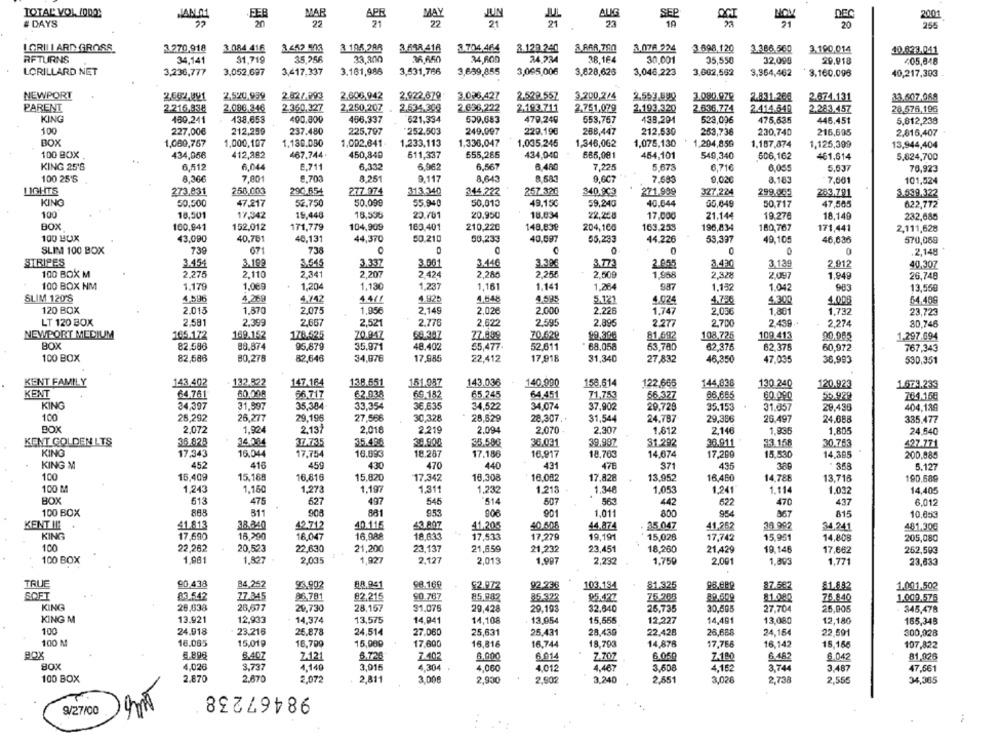
TOTAL VOL (000
FEB
MAR
MAY
ALIG
SEP
2001
# DAYS
20
22
22
23
19
OCT
DEC
21
255
LORI| | ARD GROSS
3.270,918
3.084 416
3 194.284
3.458 418
3.704,464
3.129 240
A ARR.790
3.076 224
3.698,120
3.386.500
3.190,014
10.823.041
RETURNS
34,141
31.719
35,256
33,300
36,650
34,600
24.224
38.164
30,001
35,550
32,099
29,918
405,848
LORILLARD NET
3,236,777
3,052,697
3,417,337
3.161,986
3,531,766
3,689,855
3,005,006
3,628,626
3,046,223
3,002,562
9,954,462
3,160,096
40,217,393
NEWPORT
2.520,999
2.82/.993
2,603,942
2.922.679
3.086,427
2.529.557
3.200,2/4
2.553.599
3.080.97₽
2.831.208
2.674.131
33.607.088
PARENT
2.216,83₽
2.086.346
2.360,327
2,250,207
2.534.308
2.636,222
2.193.711
2.751,079
2.193.320
2.636.774
2.414.640
2.28.3.457
28,576,196
KING
460.241
138,653
490,300
456.337
521.334
509,683
553,757
438.294
475,635
479,240
523,096
445,451
5,812,238
100
227,00€
212,299
237.480
225.797
252.503
249.097
229.190
288,447
212,530
253,736
230,740
215,595
2.816,407
BOX
1,080,757
1,000,107
1,130.080
1,002,641
1,233,113
1,336,047
1,035,245
1,346,062
1,075,130
1.204,850
1.187,874
1,125,399
13,944,404
100 BOX
434,056
412,282
467.744.
450,849
611,337
655,265
434,940
686,001
454,101
549,340
506,162
461,614
5,824,700
KING 25'S
6,512
6,044
8,711
6.332
6,962
6,567
6 480
7,225
5.673
6,71€
6,055
5.637
76,923
100 25'5
8.30€
7,001
8,703
8.251
9.117
8.643
8.683
9.007
7.683
9,02€
8.183
7,001
101,524
LIGHTS
273,831
258,003
290,654
277.974
313.340
344,222
267 326
340.903
271.999
327,224
299.005
283,791
3.599,322
KING
50,500
47.217
52.750
50,099
55.940
50,013
49.15℃
59,240
40.644
00,049
50.717
47,505
622,772
100
18,501
17.342
19,448
18,595
20.781
20,950
18,834
22,258
17,000
21.144
19.270
18.140
232,686
BOX
100.941
152,012
171,779
104,909
163.401
210,220
148,83º
204,160
163.253
196,834
180,767
171,441
2,111,628
100 BUX
43,090
40,701
40,131
50.210
56,233
40,697
55.233
44,370
44.226
53,337
49,105
46,636
570,089
SLIM 100 BOX
739
671
738
0
0
0
0
0
.2,148
STRIPES
3.454
3.198
3.545
3.337
3.001
3.446
3,39€
3.772
3.430
3,139
2,912
40.307
100 BOX M
2,275
2,110
2.341
2,207
2 .424
2,285
2.255
2,509
1,968
2,328
2097
1.949
26,748
100 BOX NM
1.179
1.069
1,204
1,130
1,237
1,161
1.141
1.264
987
1.152
1.042
983
13,550
SLIM 120'S
4,596
4.269
4.742
4.4/1
4.925
4.848
4.594
5.121
4.024
4.786
4.300
4.006
64.486
120 BOX
2.015
1.870
2.075
1.956
2.149
2.02€
2.000
2.225
1,747
2.03€
1.881
1,732
23.723
LT 120 BOX
2,581
2.399
2.667
2,521
2.776
2,622
2.595
2.895
2.277
2,700
2.439.+
2.274
80.746
NEWPORT MEDIUM
169.152
178.525
165.172
70.047
68.387
72.099
70,62º
99.300
81.692
108.725
109.413
90.065
1.297.694
BOX
82.586
88.874
95.879
35.971
48.402
55,477-
52,611
68.058
63,780
62,376
62.375
60.972
767,343
100 BOX
82,646
34,976
22.412
17,918
82,586
80,278
17,985
31,340
27,832
46,350
47.035
36.993
530,351
KENT FAMILY
143.402
132.822
147.164
13.8.551
151.987
143,036
140,990
158,614
122.666
144,838
130 240
120.923
1.673.233
KENT
64.761
60.008
62.038
69.182
65.245
64.451
66.717
71,753
56.327
86,685
60.090
55.929
764.150
KING
34,397
31.597
35,384
33,354
36,635
34,522
34.074
37.902
29.728
35.153
31.057
28,436
404,139
100
28,292
26.277
29,196
27,566
30,328
28,629
28.307.
31,544
24.787
29.386
26.497
24.688
335.477
BOX
2,072
1.924
2.137
2,018
2.219
2.094
2,070 -
2.307
1,612
2.146
1.835
1.805
24,540
KENT GOLDEN LTS
36.828
34.004
37.735
35.498
38.900
35.500
36.031
39.987
31.292
20.911
33.168
30.753
427.771
KING
17,343
16.044
17,754
16.893
18.287
17.186
16,917
18,763
14,674
17,200
15,530
14,385
200,885
KING M
452
416
451
430
470
440
431
47E
371
435
386
358
5.127
100
16,409
15.188
16.816
15.820
17,342
18,308
16.082
17,828
13,952
16,460
14,788
13,716
190,689
100 M
1,243
1,160
1,273
1,197
1.311
1,232
1.213
1.348
1,053
1.241
1.114
1.032
14,405
BOX
613
475
627
497
546
514
507
56
442
522
470
437
6.012
100 BOX
888
31
881
9.55
506
901
1,011
800
954
815
10,653
KENT !!!
41.813
38.840
42.712
40.115
43 807
41.205
40 60A
44.874
25.047
41,962
34.992
34,241
481,300
18.047
16,988
KING
17.690
16,290
18,633
17,533
17,279
19,191
15,028
17,742
15,951
14,808
205,080
100
22,282
20.523
22.630
21,200
23.137
21,659
21,232
23,451
18,260
21,429
19.146
17,662
262,593
100 BOX
1,981
1,827
2,035
1,927
2.127
2,013
1.997
2,292
1.759
2,001
1,893
1,771
23,633
TRUE
90,438
84,262
23,902
88.941
£2.972
92.236
103.134
81.325
87.582
1.001,502
SOFT
83.542
77.845
86,791
82.215
90.787
85,082
85.928
85.427
75.265
81.080
76.840
1.009,575
KING
28,638
26.677
20,730
28,157
31.076
29,428
29.193
32,640
25,735
30,505
27,704
25,005
345,478
KING M
13.921
12,933
14,374
13,575
14,941
14,108
13,954
15,555
12,227
14,491
13,080
12,180
165,345
100
24.918
23.216
26.878
25.431
22.428
26,688
22,591
24,514
27.060
25,631
28,439
24,164
300,928
100 M
18.065
15,019
16,700
15,000
17.600
16,816
16,744
18,793
14,878
17,766
16,142
15,166
107,822
BOX
8.407
2-121
7.402
8.000
6.014
7.707
6.050
7-180
6.482
6.042
81,926
4.026
3,737
4.140
3.016
4.304
4,060
4.012
4.467
3,608
4,162
3.744
3.487
47,561
100 BOX
2.870
2.670
2,072
2,811
3.000
2,930
2,902
3.240
2,551
3,026
2,738
2,555
34,365
98467238
9/27/00
: